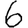
Digit: 6